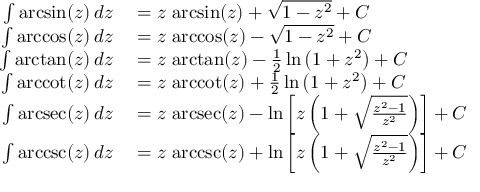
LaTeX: \begin{array} { r l } { \int \arcsin ( z ) \, d z } & { { } { } = z \, \arcsin ( z ) + { \sqrt { 1 - z ^ { 2 } } } + C } \\ { \int \operatorname { a r c c o s } ( z ) \, d z } & { { } { } = z \, \operatorname { a r c c o s } ( z ) - { \sqrt { 1 - z ^ { 2 } } } + C } \\ { \int \arctan ( z ) \, d z } & { { } { } = z \, \arctan ( z ) - { \frac { 1 } { 2 } } \ln \left( 1 + z ^ { 2 } \right) + C } \\ { \int \operatorname { a r c c o t } ( z ) \, d z } & { { } { } = z \, \operatorname { a r c c o t } ( z ) + { \frac { 1 } { 2 } } \ln \left( 1 + z ^ { 2 } \right) + C } \\ { \int \operatorname { a r c s e c } ( z ) \, d z } & { { } { } = z \, \operatorname { a r c s e c } ( z ) - \ln \left[ z \left( 1 + { \sqrt { \frac { z ^ { 2 } - 1 } { z ^ { 2 } } } } \right) \right] + C } \\ { \int \operatorname { a r c c s c } ( z ) \, d z } & { { } { } = z \, \operatorname { a r c c s c } ( z ) + \ln \left[ z \left( 1 + { \sqrt { \frac { z ^ { 2 } - 1 } { z ^ { 2 } } } } \right) \right] + C } \end{array}